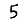
Digit: 5